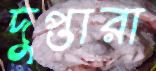
দুপ্তারা